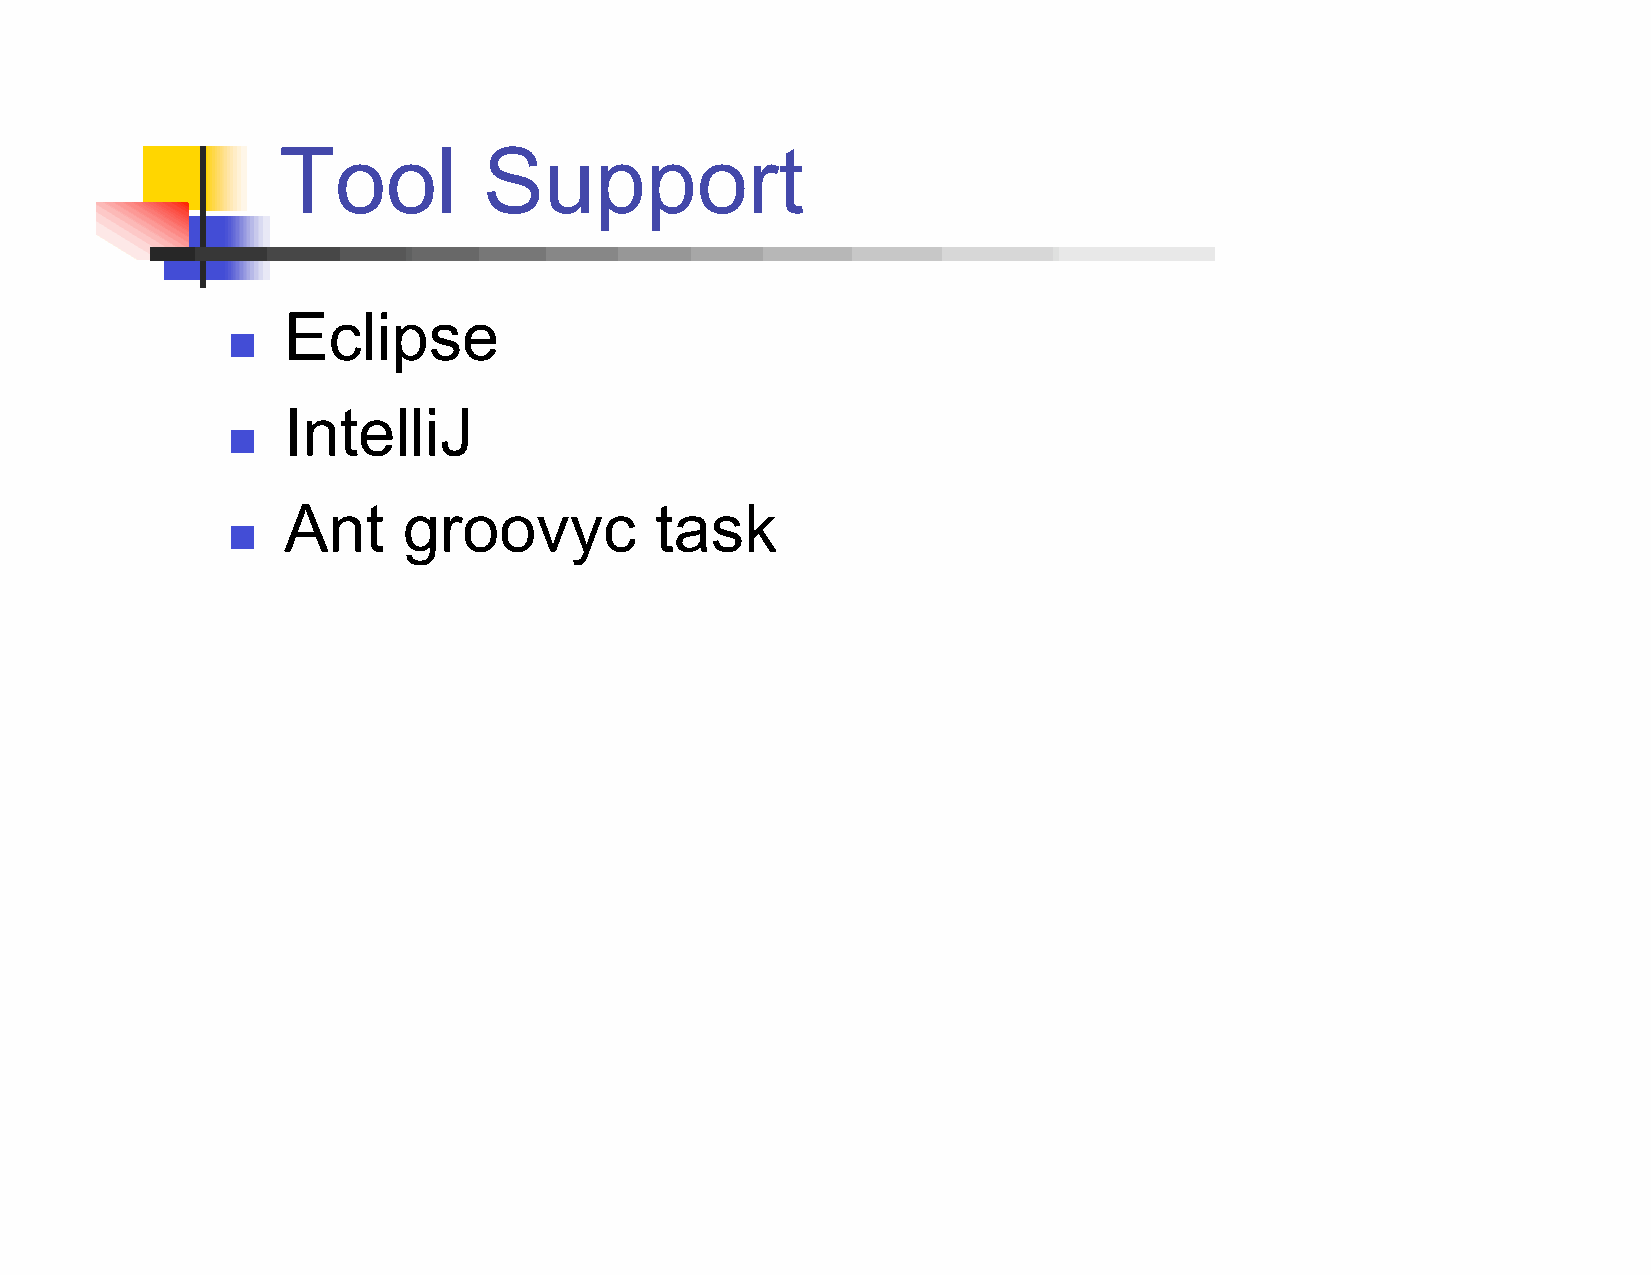
Tool          Support
 Eclipse
 
 IntelliJ
 
 Ant     groovyc         task
 